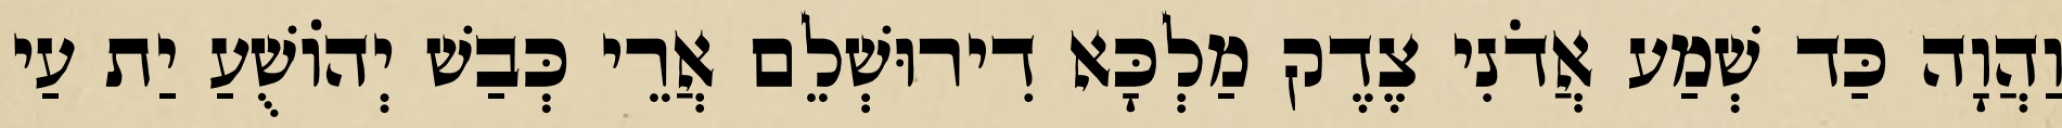
וַהֲוָה כַּד שְׁמַע אֲדֹנִי צֶדֶק מַלְכָּא דִירוּשְׁלֵם אֲרֵי כְּבַשׁ יְהוֹשֻׁעַ יַת עַי